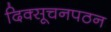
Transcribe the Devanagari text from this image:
दिक्सूचनपठन